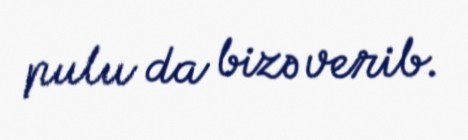
pulu da bizə verib.